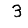
Digit: 3